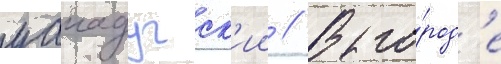
уагадугск'ии // В го́род'е